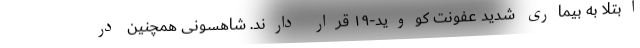
ابتلا به بیماری شدید عفونت کووید-۱۹ قرار دارند. شاهسونی همچنین در